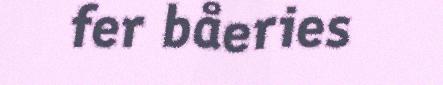
fer båeries